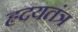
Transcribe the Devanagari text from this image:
हृदयतंत्र